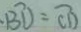
\widehat { B D } = \widehat { C D }